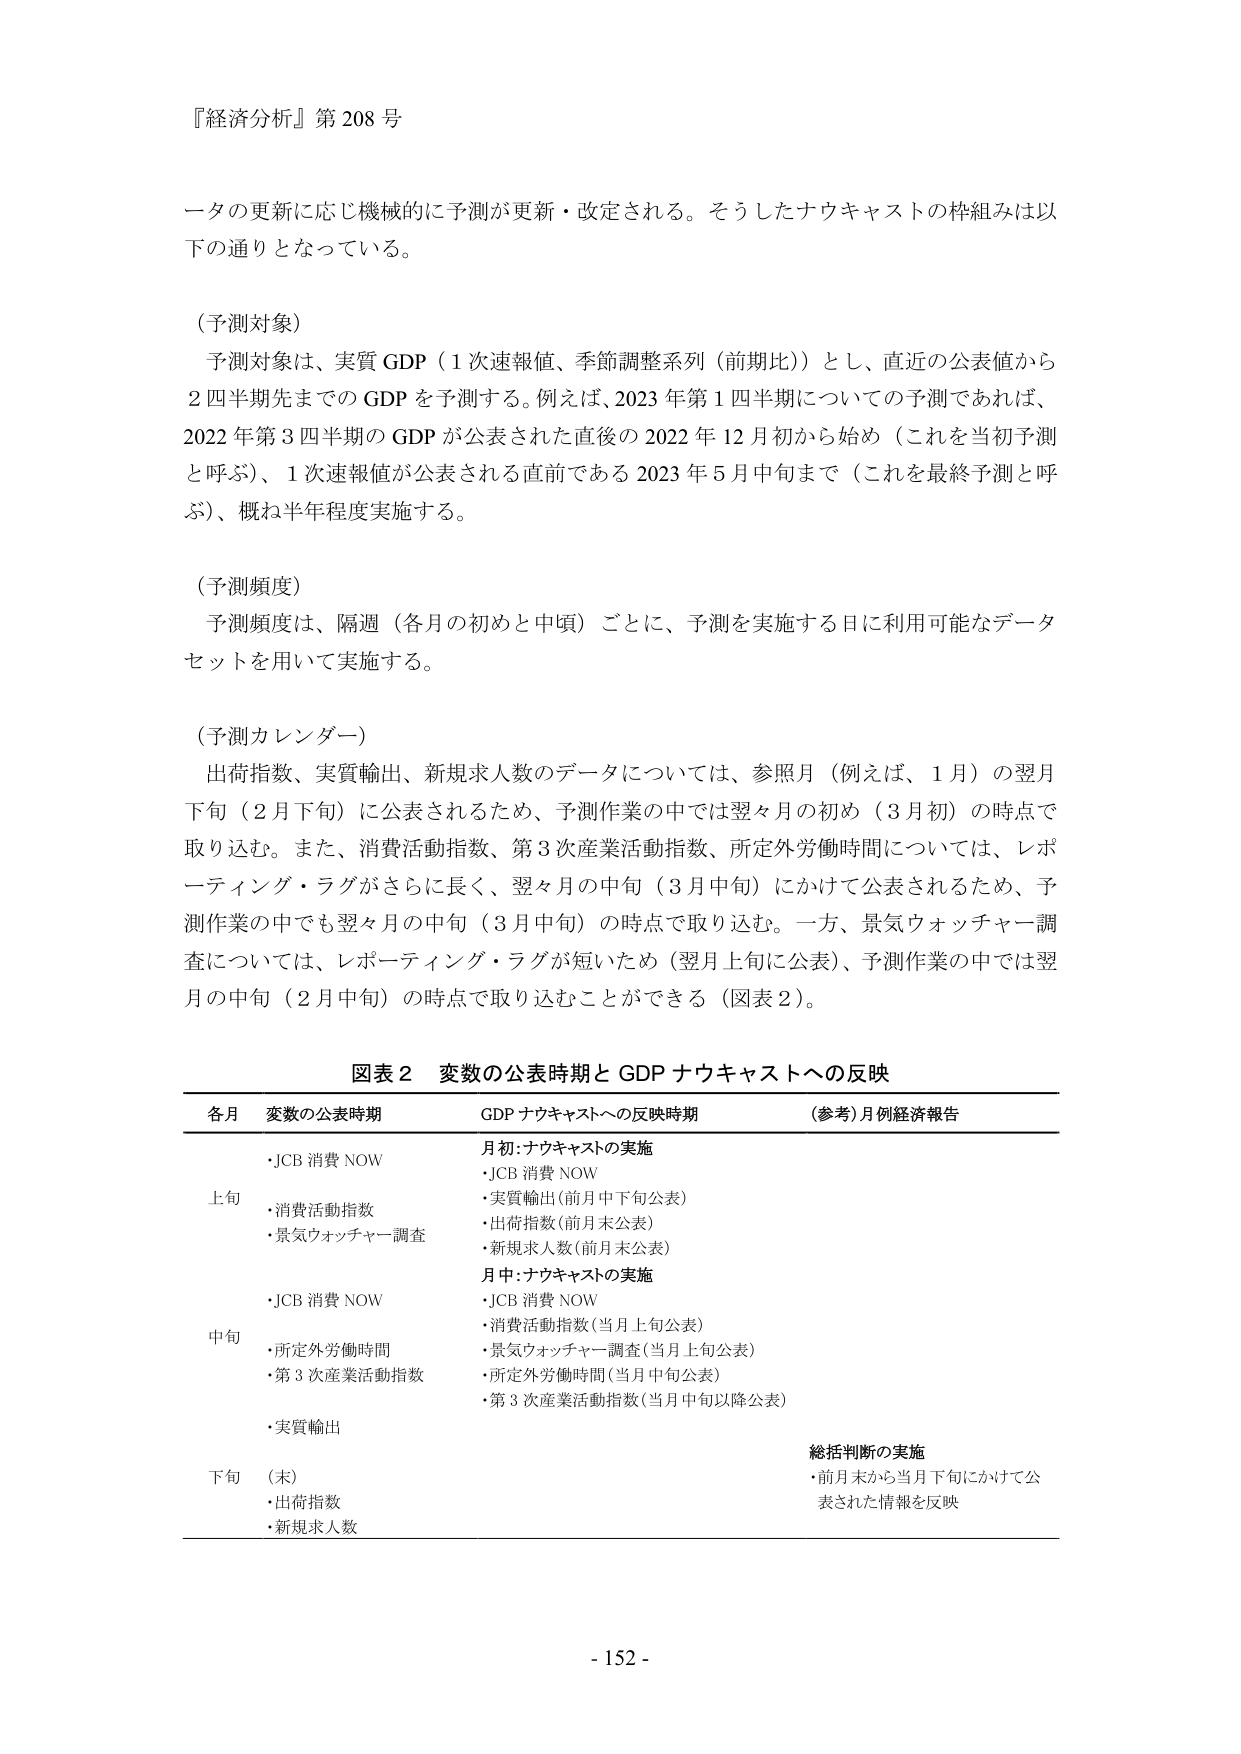
『経済分析』第208号

ータの更新に応じ機械的に予測が更新・改定される。そうしたナウキャストの枠組みは以下の通りとなっている。

（予測対象）
予測対象は、実質GDP（1次速報値、季節調整系列（前期比））とし、直近の公表値から2四半期先までのGDPを予測する。例えば、2023年第1四半期についての予測であれば、2022年第3四半期のGDPが公表された直後の2022年12月初から始め（これを当初予測と呼ぶ）、1次速報値が公表される直前である2023年5月中旬まで（これを最終予測と呼ぶ）、概ね半年程度実施する。

（予測頻度）
予測頻度は、隔週（各月の初めと中頃）ごとに、予測を実施する日に利用可能なデータセットを用いて実施する。

（予測カレンダー）
出荷指数、実質輸出、新規求人数のデータについては、参照月（例えば、1月）の翌月下旬（2月下旬）に公表されるため、予測作業の中では翌々月の初め（3月初）の時点で取り込む。また、消費活動指数、第3次産業活動指数、所定外労働時間については、レポーティング・ラグがさらに長く、翌々月の中旬（3月中旬）にかけて公表されるため、予測作業の中でも翌々月の中旬（3月中旬）の時点で取り込む。一方、景気ウォッチャー調査については、レポーティング・ラグが短いため（翌月上旬に公表）、予測作業の中では翌月の中旬（2月中旬）の時点で取り込むことができる（図表2）。

図表2 変数の公表時期とGDPナウキャストへの反映

各月 変数の公表時期 GDPナウキャストへの反映時期 （参考）月例経済報告
月初：ナウキャストの実施
・JCB消費NOW
・実質輸出（前月中下旬公表）
・出荷指数（前月末公表）
・新規求人数（前月末公表）
上旬
・JCB消費NOW
・消費活動指数
・景気ウォッチャー調査
月中：ナウキャストの実施
・JCB消費NOW
・消費活動指数（当月上旬公表）
・景気ウォッチャー調査（当月上旬公表）
・所定外労働時間（当月中旬公表）
・第3次産業活動指数（当月中旬以降公表）
中旬
・JCB消費NOW
・所定外労働時間
・第3次産業活動指数
・実質輸出
総括判断の実施
・前月末から当月下旬にかけて公表された情報を反映
下旬 （末）
・出荷指数
・新規求人数

- 152 -